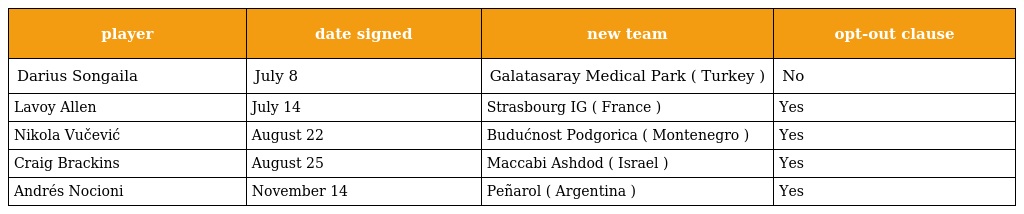
| player | date signed | new team | opt-out clause |
 | --- | --- | --- | --- |
 | Darius Songaila | July 8 | Galatasaray Medical Park ( Turkey ) | No |
 | Lavoy Allen | July 14 | Strasbourg IG ( France ) | Yes |
 | Nikola Vučević | August 22 | Budućnost Podgorica ( Montenegro ) | Yes |
 | Craig Brackins | August 25 | Maccabi Ashdod ( Israel ) | Yes |
 | Andrés Nocioni | November 14 | Peñarol ( Argentina ) | Yes |